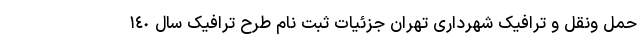
حمل ونقل و ترافیک شهرداری تهران جزئیات ثبت نام طرح ترافیک سال ١٤٠